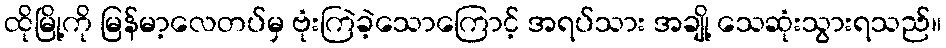
ထိုမြို့ကို မြန်မာ့လေတပ်မှ ဗုံးကြဲခဲ့သောကြောင့် အရပ်သား အချို့ သေဆုံးသွားရသည်။